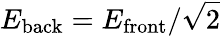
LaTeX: E_{\mathrm{back}}=E_{\mathrm{front}}/\sqrt{2}